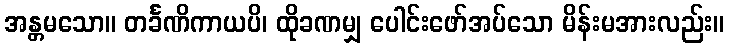
အန္တမသော။ တင်္ခဏိကာယပိ၊ ထိုခဏမျှ ပေါင်းဖော်အပ်သော မိန်းမအားလည်း။